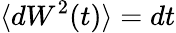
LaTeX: \langle dW^{2}(t)\rangle=dt